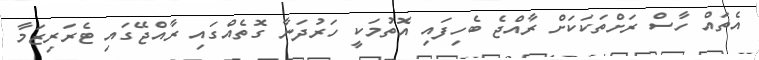
އެތައް ހާސް ރަށްތަކަކަށް ރާއްޖެ ބެހިފައި އޮތުމަކީ ހަރުދަނާ ގޮތެއްގައި ރާއްޖޭގައި ޓެރަރިޒަމާ